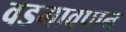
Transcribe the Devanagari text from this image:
वडगावपान